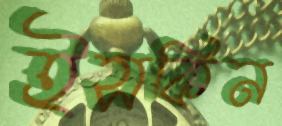
ইসকিন